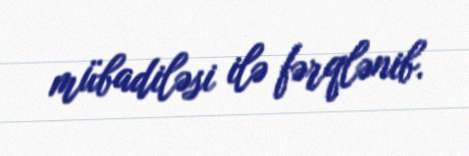
mübadiləsi ilə fərqlənib.